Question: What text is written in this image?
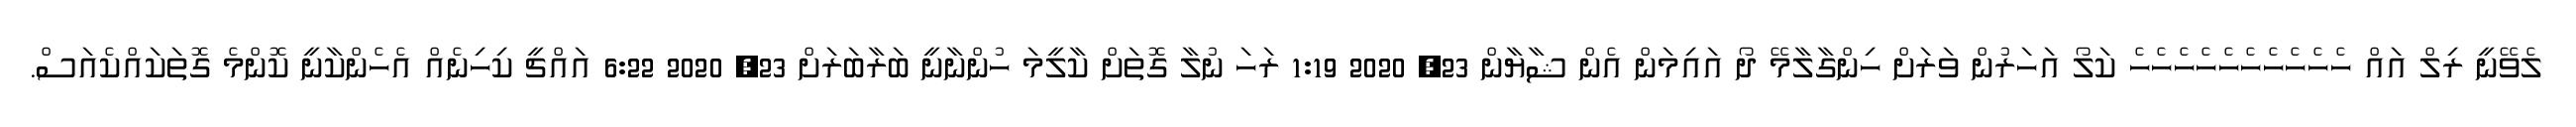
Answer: ލެވޭނީ ރިލް އައް ހެހެހެހެހެހެހެހެހެހެ ކަލޯ އަހަރުން ވަރަށް ހިންގާލާމޭ ދޯ އައިމަން އެން ޝާޔާން 23, 2020 1:19 ރަހަ ނުލާ ގޮތަށް ކާލީމަ ހުންނާނީ ބަރާބަރަށް 23, 2020 6:22 އައްޗީ ކިހިނެއް އެހެންކާނީ ކޮންމެ ގޮތަކައްކެއަސް.